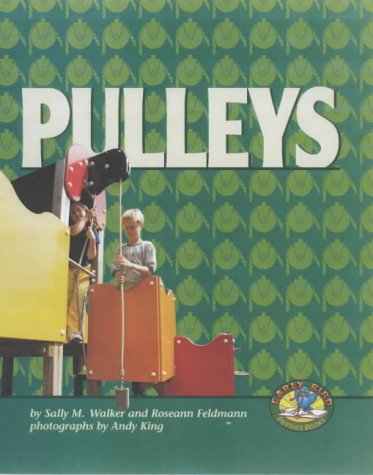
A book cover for Pulleys (Early Bird Physics); Sally M. Walker; Children's Books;